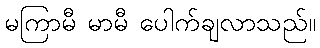
မကြာမီ မာမီ ပေါက်ချလာသည်။